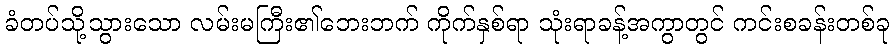
ခံတပ်သို့သွားသော လမ်းမကြီး၏ဘေးဘက် ကိုက်နှစ်ရာ သုံးရာခန့်အကွာတွင် ကင်းစခန်းတစ်ခု